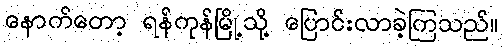
နောက်တော့ ရန်ကုန်မြို့သို့ ပြောင်းလာခဲ့ကြသည်။